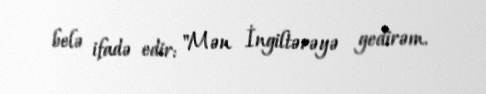
belə ifadə edir: "Mən İngiltərəyə gedirəm.